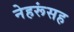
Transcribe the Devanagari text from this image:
नेहरूंसह